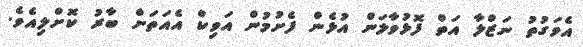
އެވަގުތު ނަޒްލާ އަތް ފޮޅުވާލަން އުޅެން ފެށުމުން އަވިކް އެއަތަށް ބާރު ކޮށްލިއެވެ.